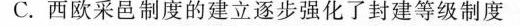
C.西欧采邑制度的建立逐步强化了封建等级制度